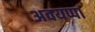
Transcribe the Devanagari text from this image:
अवयप्पा